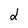
Character: 2